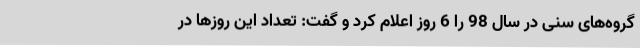
گروه‌های سنی در سال 98 را 6 روز اعلام کرد و گفت: تعداد این روزها در